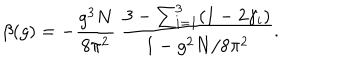
\beta ( g ) = - \frac { g ^ { 3 } N } { 8 \pi ^ { 2 } } ~ \frac { 3 - \sum _ { i = 1 } ^ { 3 } ( 1 - 2 \gamma _ { i } ) } { 1 - g ^ { 2 } N / 8 \pi ^ { 2 } } .